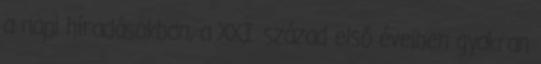
a napi híradásokban, a XXI. század első éveiben gyakran